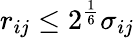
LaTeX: r_{ij}\le 2^{\frac{1}{6}}\sigma_{ij}